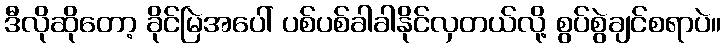
ဒီလိုဆိုတော့ ခိုင်မြဲအပေါ် ပစ်ပစ်ခါခါနိုင်လှတယ်လို့ စွပ်စွဲချင်စရာပဲ။